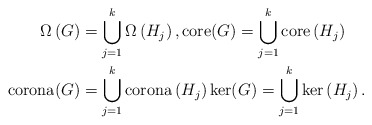
\begin{align*}\Omega\left( G\right) & =\bigcup\limits_{j=1}^{k}\Omega\left(H_{j}\right) ,\mathrm{core}(G)=\bigcup\limits_{j=1}^{k}\mathrm{core}\left( H_{j}\right) \\\mathrm{corona}(G) & =\bigcup\limits_{j=1}^{k}\mathrm{corona}\left(H_{j}\right) \mathrm{\ker}(G)=\bigcup\limits_{j=1}^{k}\mathrm{\ker}\left( H_{j}\right) .\end{align*}